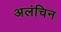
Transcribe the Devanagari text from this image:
अलंचिन